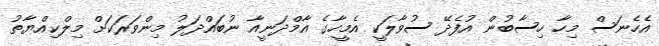
އެހެނަސް މިހާ ހިސާބުން އުފެދޭ ސުވާލަކީ އެމީހާގެ އާމްދަނީއާ ނުބައްދަލު މިންވަރަކަށް މިލްކިއްޔާތު